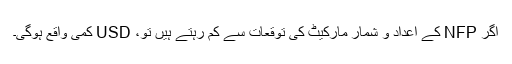
اگر NFP کے اعداد و شمار مارکیٹ کی توقعات سے کم رہتے ہیں تو، USD کمی واقع ہوگی۔